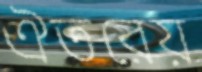
ঐতরেয়